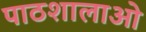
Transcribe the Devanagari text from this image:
पाठशालाओ